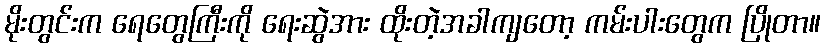
မိုးတွင်းက ရေတွေကြီးကို ရေးဆွဲအား ထိုးတဲ့အခါကျတော့ ကမ်းပါးတွေက ပြိုတာ။